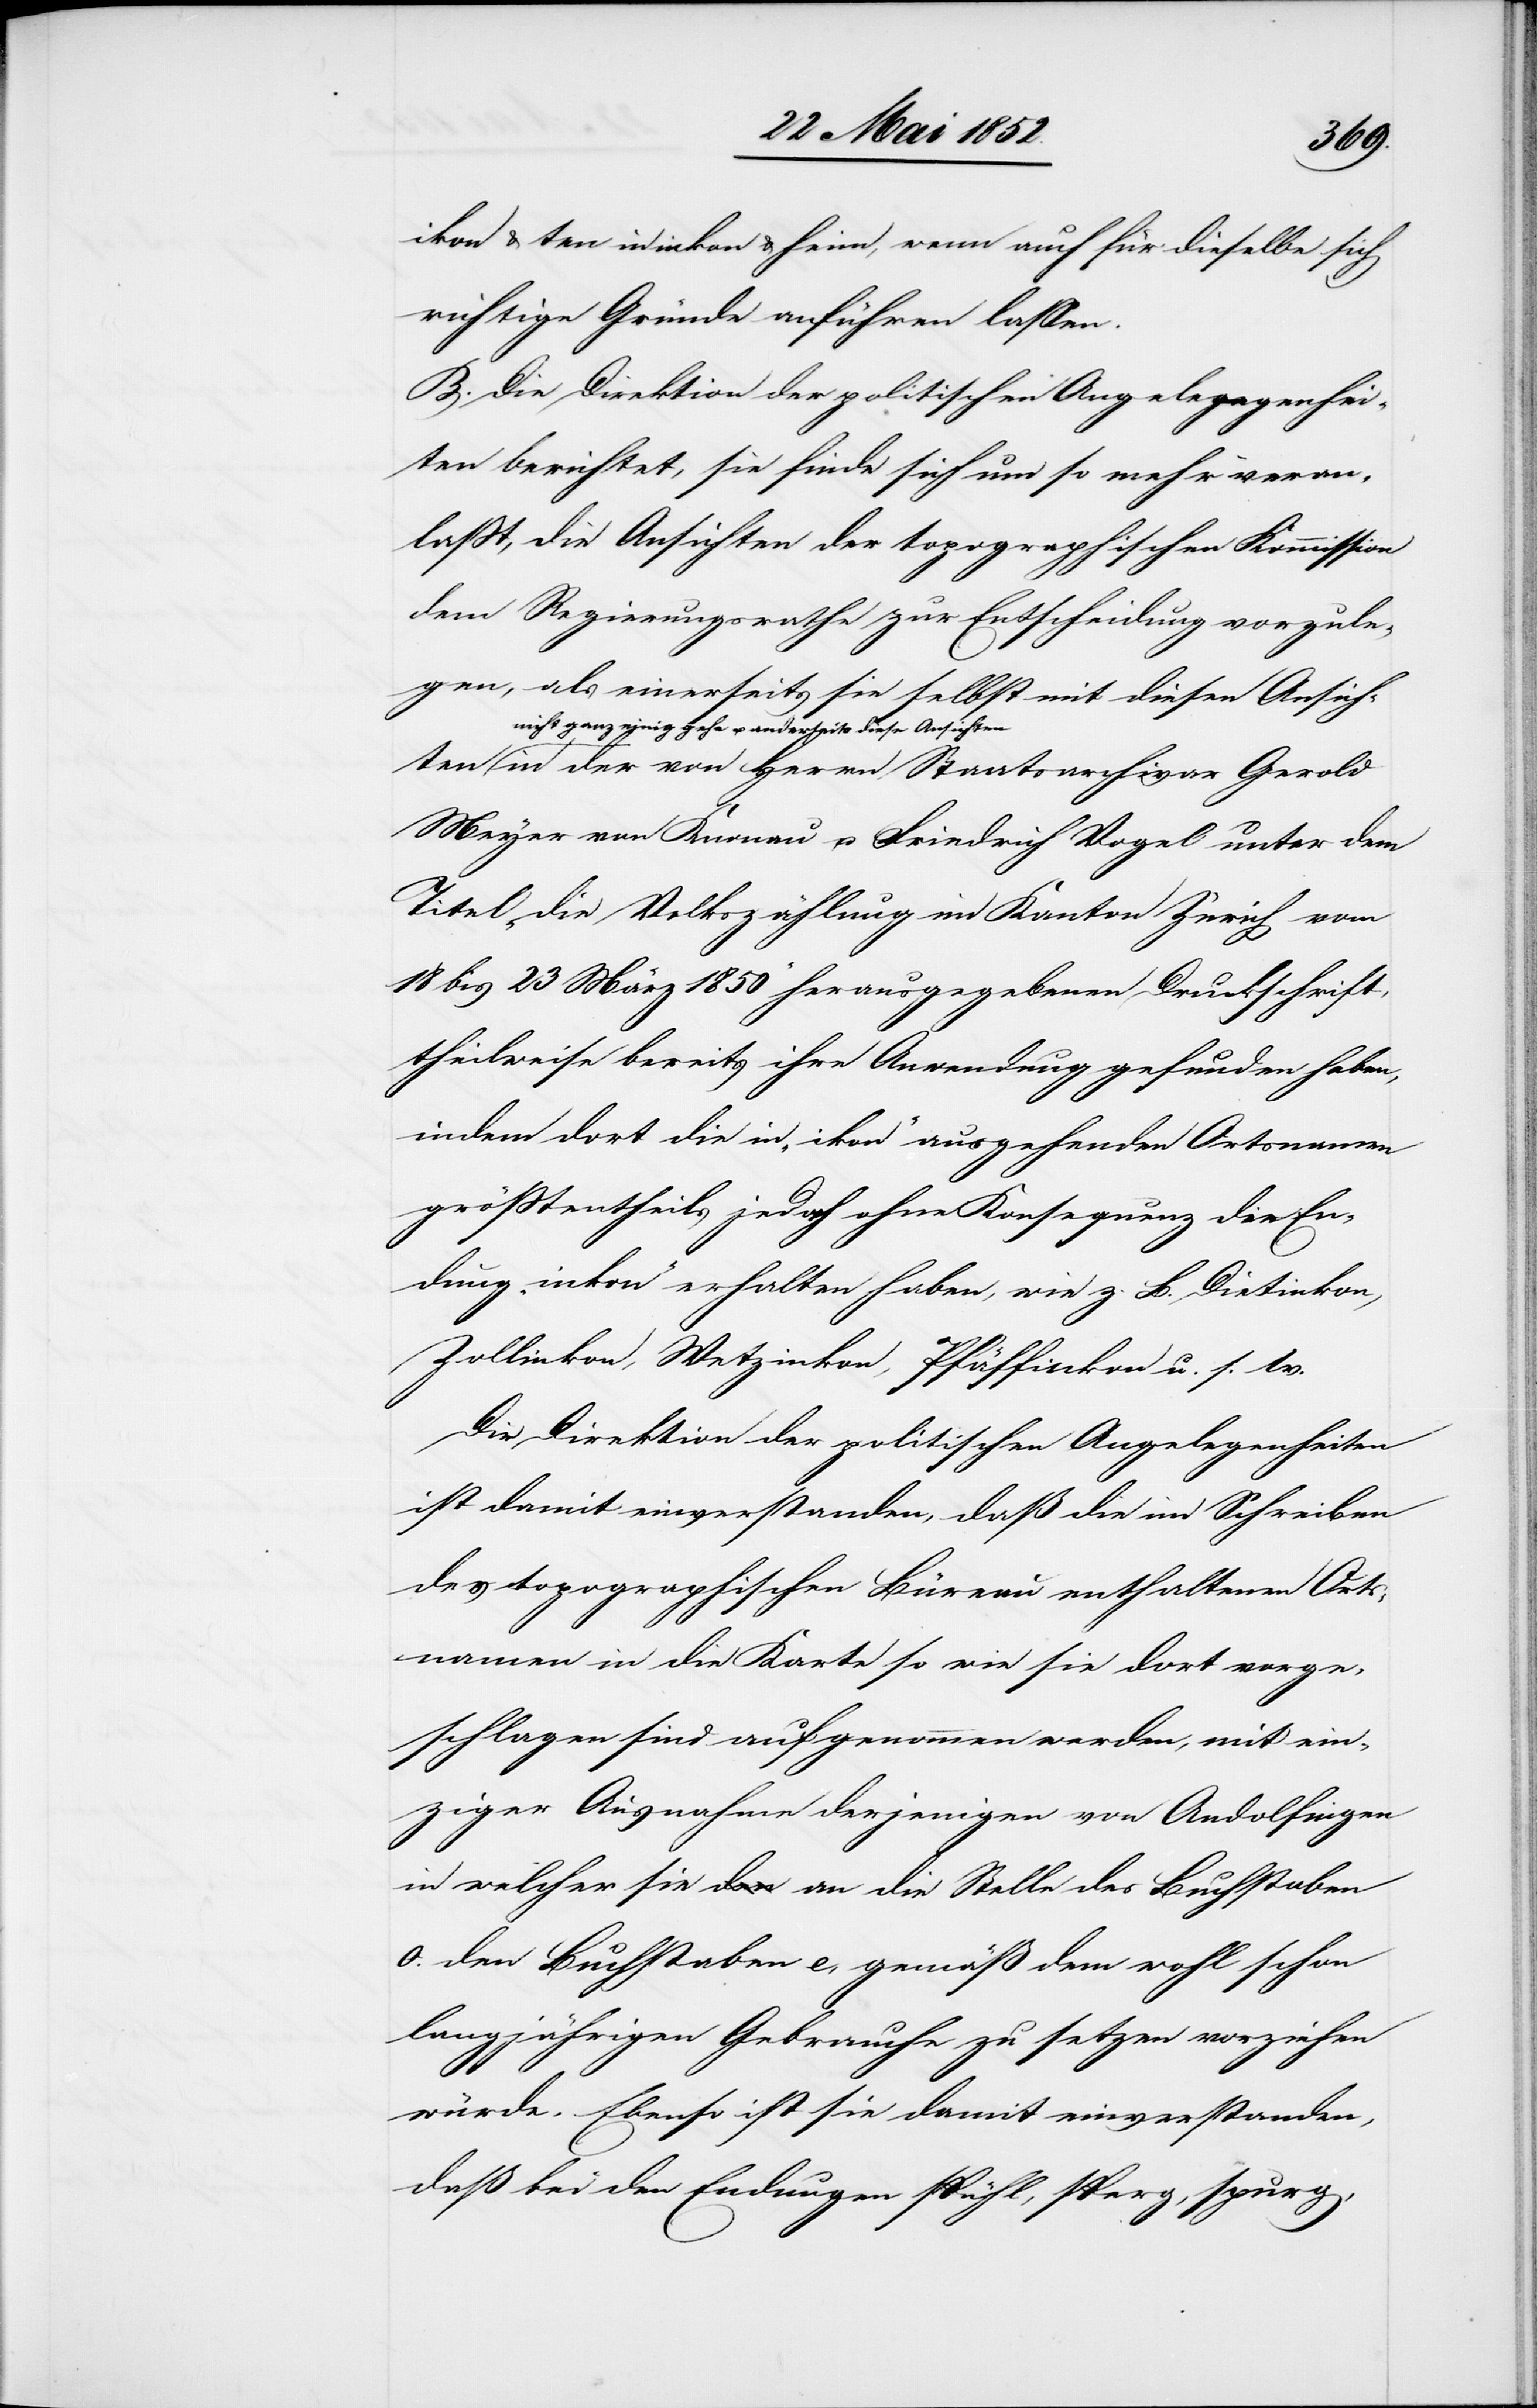
ikon & ten in inkon & heim, wenn auch für dieselbe sich
richtige Gründe anführen lassen.
B. Die Direktion der politischen Angelegenhei¬
ten berichtet, sie finde sich um so mehr veran¬
lasst, die Ansichten der topographischen Kommission
dem Regierungsrathe zur Entscheidung vorzule¬
gen, als einerseits sie selbst mit diesen Ansichten
nicht ganz einig gehe u. anderseits diese Ansicht¬
en in der von Herrn Staatsarchivar Gerold
Meyer von Knonau u. Friedrich Vogel unter dem
Titel „die Volkszählung im Kanton Zürich vom
18 bis 23 März 1850“ herausgegebenen Druckschrift,
theilweise bereits ihre Anwendung gefunden haben,
indem dort die in „ikon“ ausgehenden Ortsnamen
grösstentheils jedoch ohne Konsequenz die En¬
dung „inkon“ erhalten haben, wie z. B. Dietinkon,
Zollinkon, Wetzinkon, Pfäffinkon u. s. w.
Die Direktion der politischen Angelegenheiten
ist damit einverstanden, daß die im Schreiben
des topographischen Büreau enthaltenen Orts¬
namen in die Karte so wie sie dort vorge¬
schlagen sind aufgenommen werden, mit ein¬
ziger Ausnahme derjenigen von Andolfingen
in welcher sie an die Stelle des Buchstaben
o. den Buchstaben e, gemäss dem wohl schon
langjährigen Gebrauche zu setzen vorziehen
würde. Ebenso ist sie damit einverstanden,
daß bei den Endungen spühl, sperg, spurg,